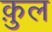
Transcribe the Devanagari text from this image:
क़ुल